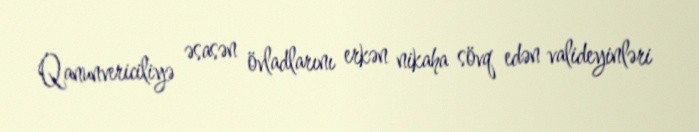
Qanunvericiliyə əsasən övladlarını erkən nikaha sövq edən valideyinləri